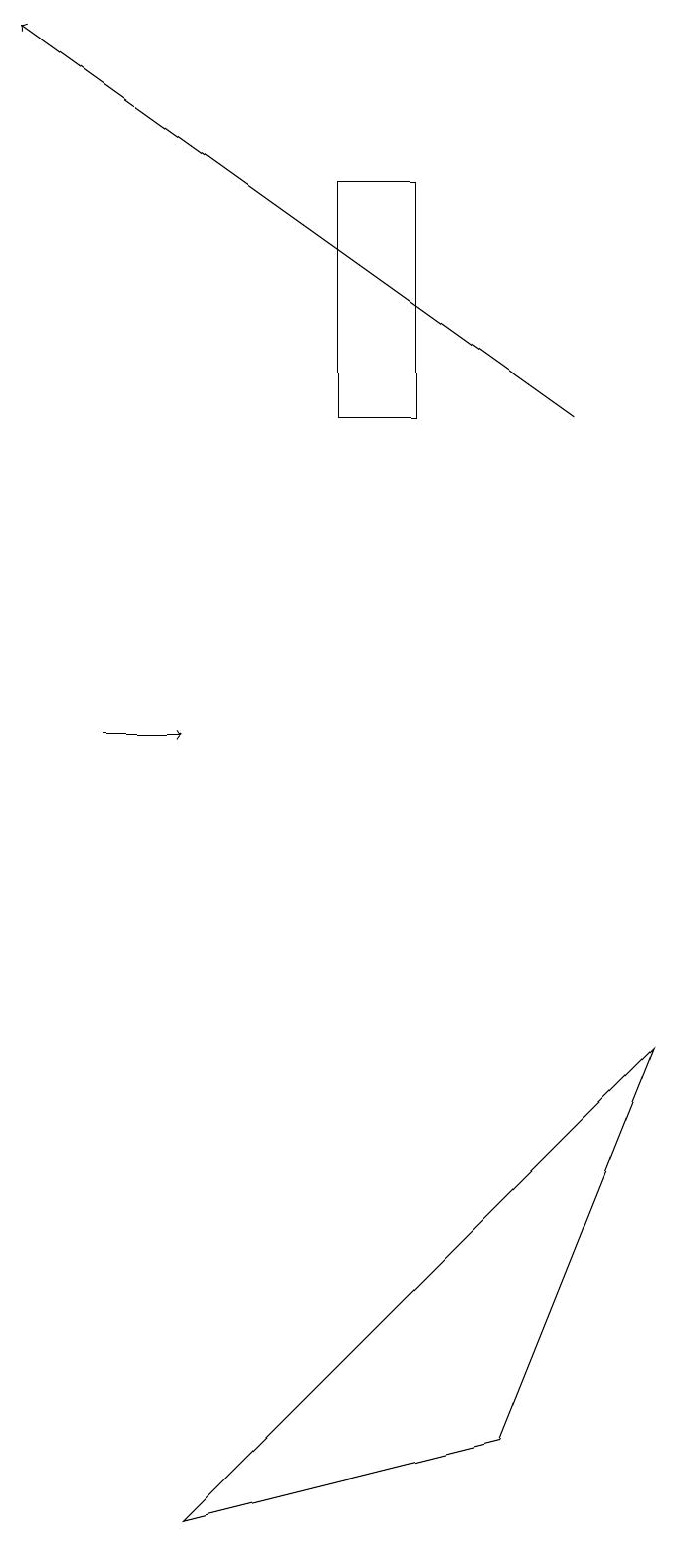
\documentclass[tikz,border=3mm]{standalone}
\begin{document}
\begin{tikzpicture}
\draw (5,14) rectangle (4,17);
\draw[->] (1,10) -- (2,10);
\draw[->] (7,14) -- (0,19);
\draw (8,6) -- (6,1) -- (2,0) -- cycle;
\draw (4,16) rectangle (4,16);
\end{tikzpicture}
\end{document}